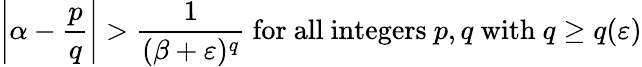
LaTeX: \left|\alpha-{\frac{p}{q}}\right|>{\frac{1}{(\beta+\varepsilon)^{q}}}{\mathrm{~for~all~integers~}}p,q{\mathrm{~with~}}q\geq q(\varepsilon)